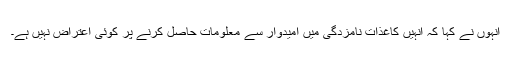
انہوں نے کہا کہ انہیں کاغذات نامزدگی میں امیدوار سے معلومات حاصل کرنے پر کوئی اعتراض نہیں ہے۔